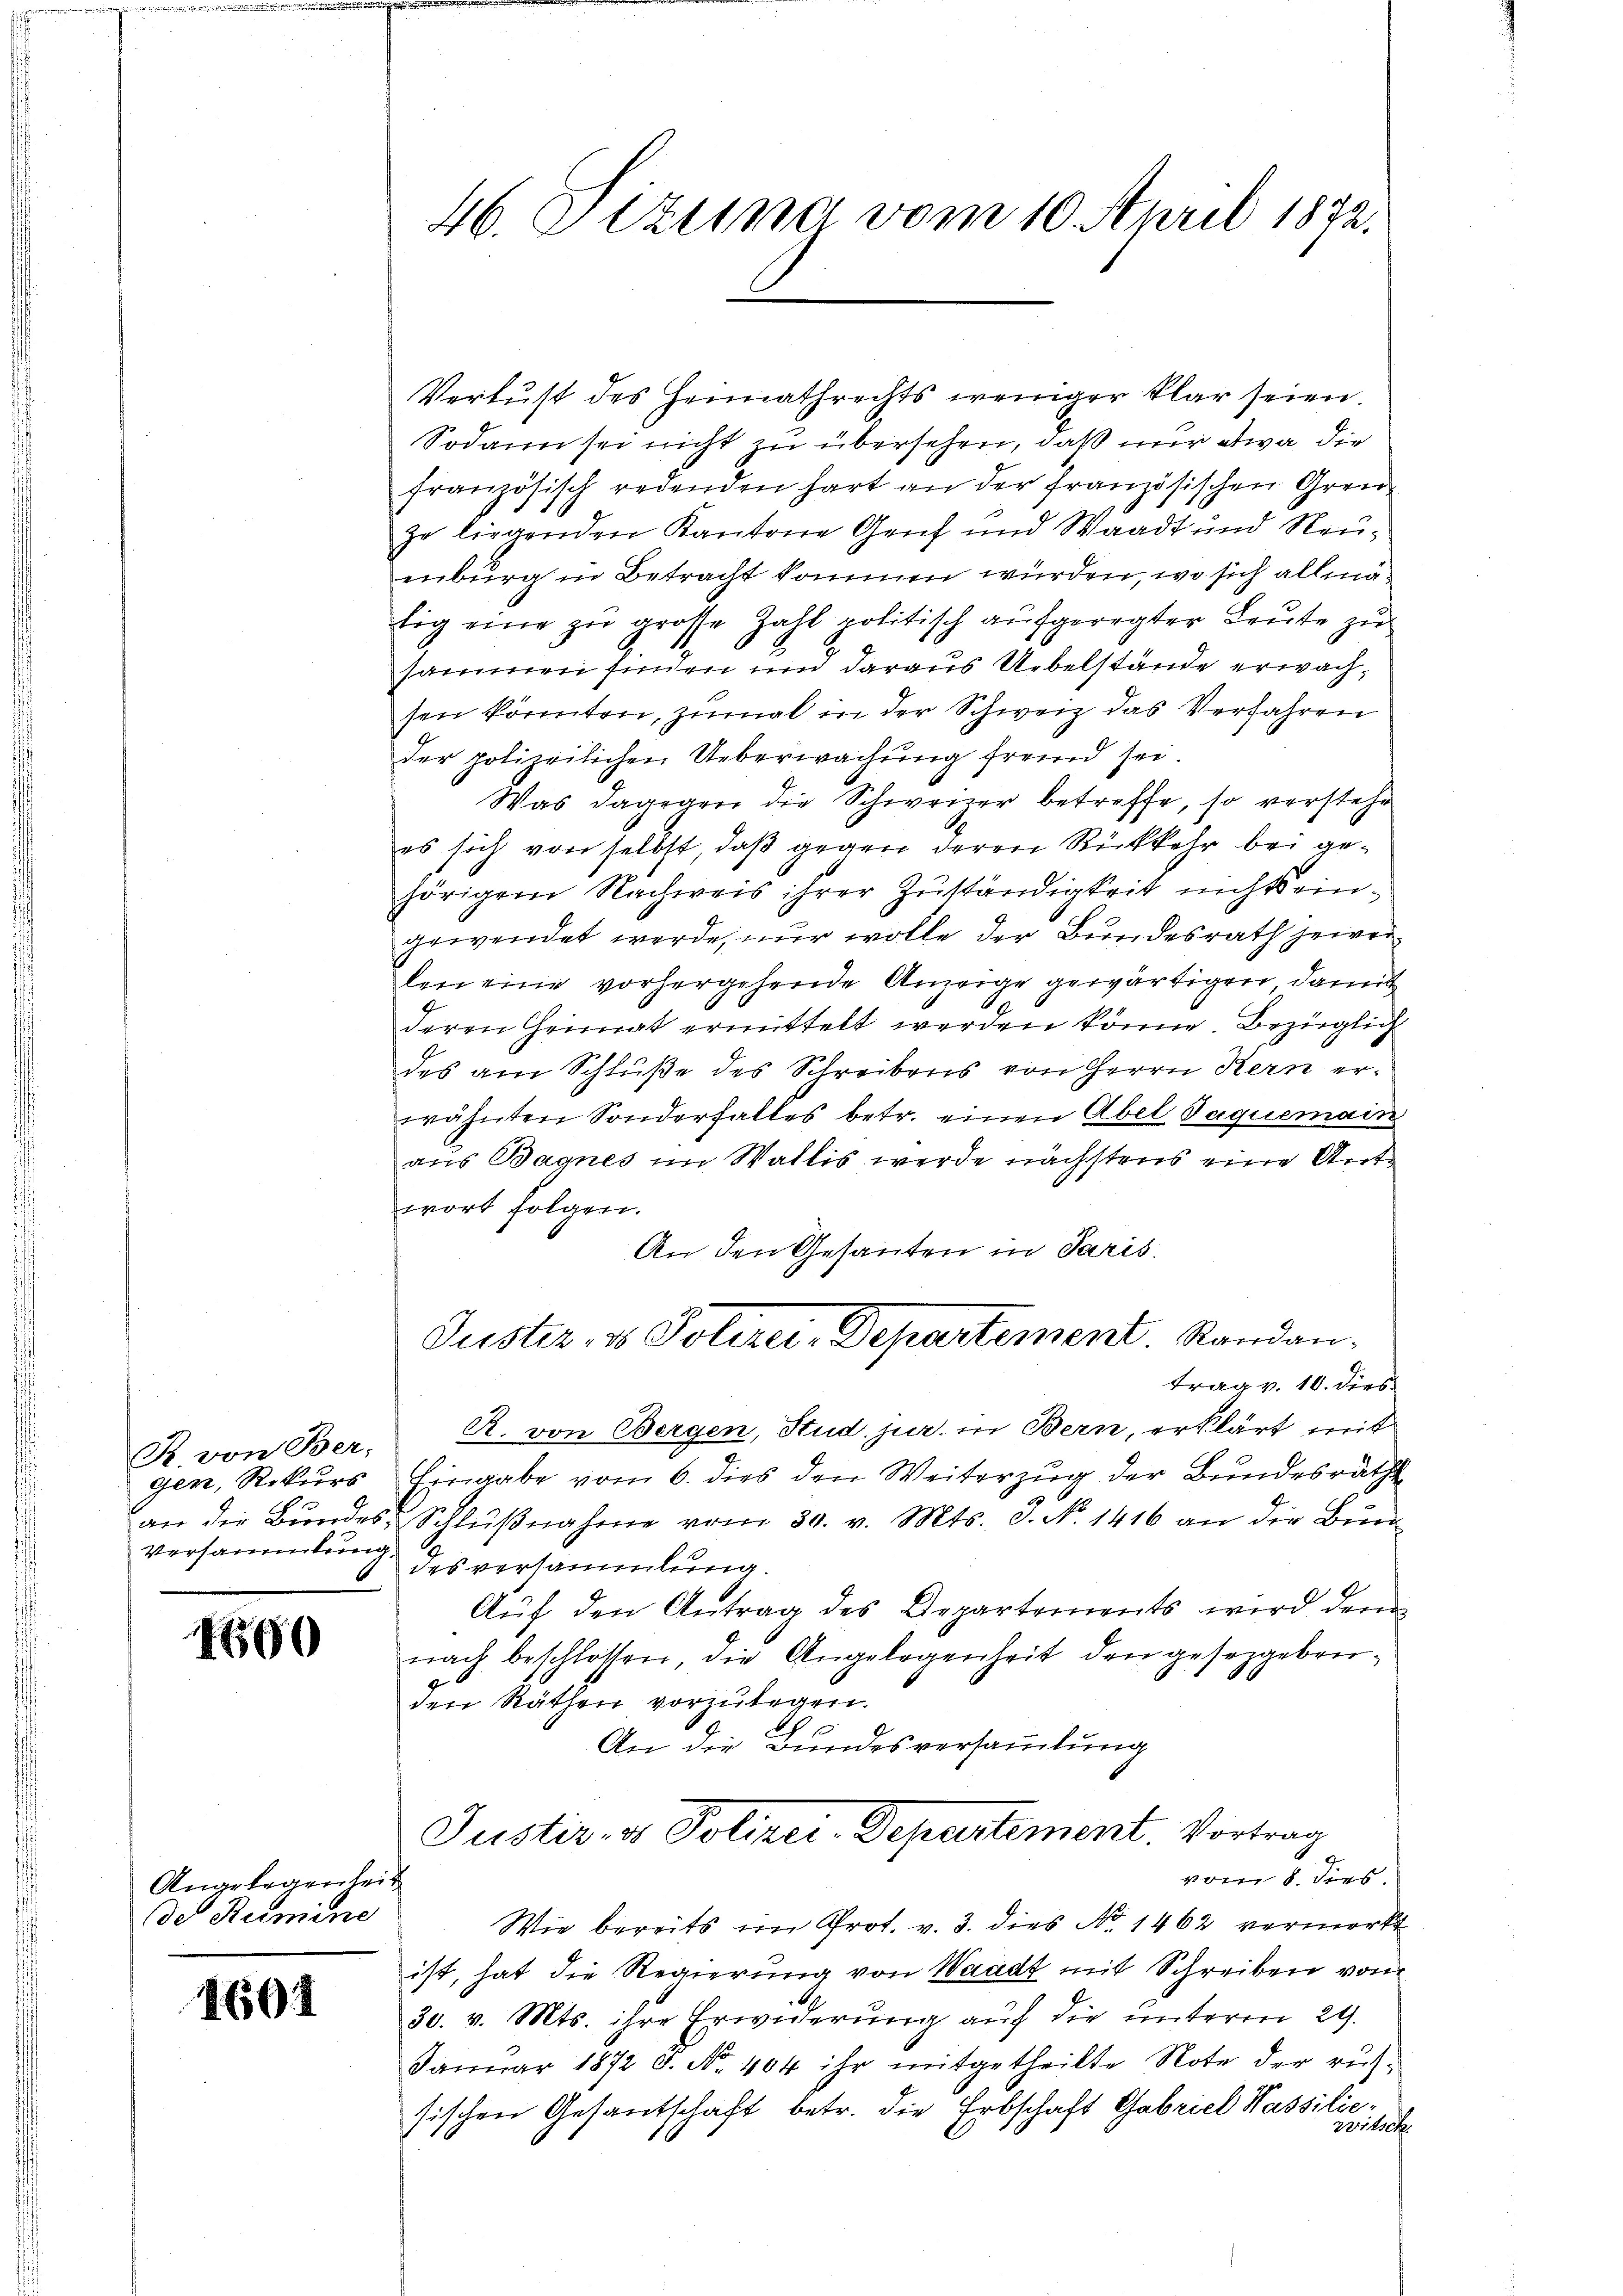
R. von Ber-
Versammlung.

1660

Angelegenheit
des Rumine

1601

46. Atzuima vom 10. April 1872.

Verlust des Heimathrechts weniger klar seien.
Sodann sei nicht zu übersehen, daß nur etwa die
französisch redenden hart an der französischen Grenzo liegenden Kantone Genf und Waadt und Neuenburg in Betracht kommen würden, wo sich allmästig eine zu grosse Zahl politisch aufgeregter Leute zu
sammen finden und daraus Uebelstände erwachsen könnten, zumal in der Schweiz das Verfahren
der polizeilichen Ueberwachung fremd sei.
Was dagegen die Schweizer betreffe, so verstehe
es sich von selbst, daß gegen deren Rückkehr bei gehörigem Nachweis ihrer Zuständigkeit nichts eingewendet werde, nur wolle der Bundesrath jeweilen eine vorhergehende Anzeige gewärtigen, damit
deren Heimat ermittelt werden könne, bezüglich
des am Schluße des Schreibens von Herrn Kern erwähnten Sonderfalles betr. einen Abel Jaquemain
aus Bagnes im Wallis werde nächstens eine Antwort folgen.
An den Gesanten in Paris.
Guster, 1 Polizei-Departement. Standantrag v. 10. dies
R. von Bergen, Stud. jur. in Bern, erklärt mit
gen, Rekurs Eingabe vom 6. dies den Weiterzug der Bundesräth
an die Bundes Schlŭβnahme vom 30. v. Mts. S. Nr. 1416 an die Bun
desversammlung.
Aŭf den Antrag des Departements wird dem
nach beschlossen, die Angelegenheit den gesetzgebenden Räthen vorzulegen.
c
An die Bundesversammlung
Justiz- & Polizei-Departement. Vortrag
vom 8. dies
Wie bereits im Prot. v. 3. dies No 1462 vermorkt
ist, hat die Regierung von Waadt mit Schreiben vom
30. v. Mts. ihre Erwiderung auf die unterm 29.
Januar 1872 s. No. 404 ihr mitgetheilte Note der rech-
sischen Gesantschaft betr. die Erbschaft Gabriel Wassilie¬
Beilage